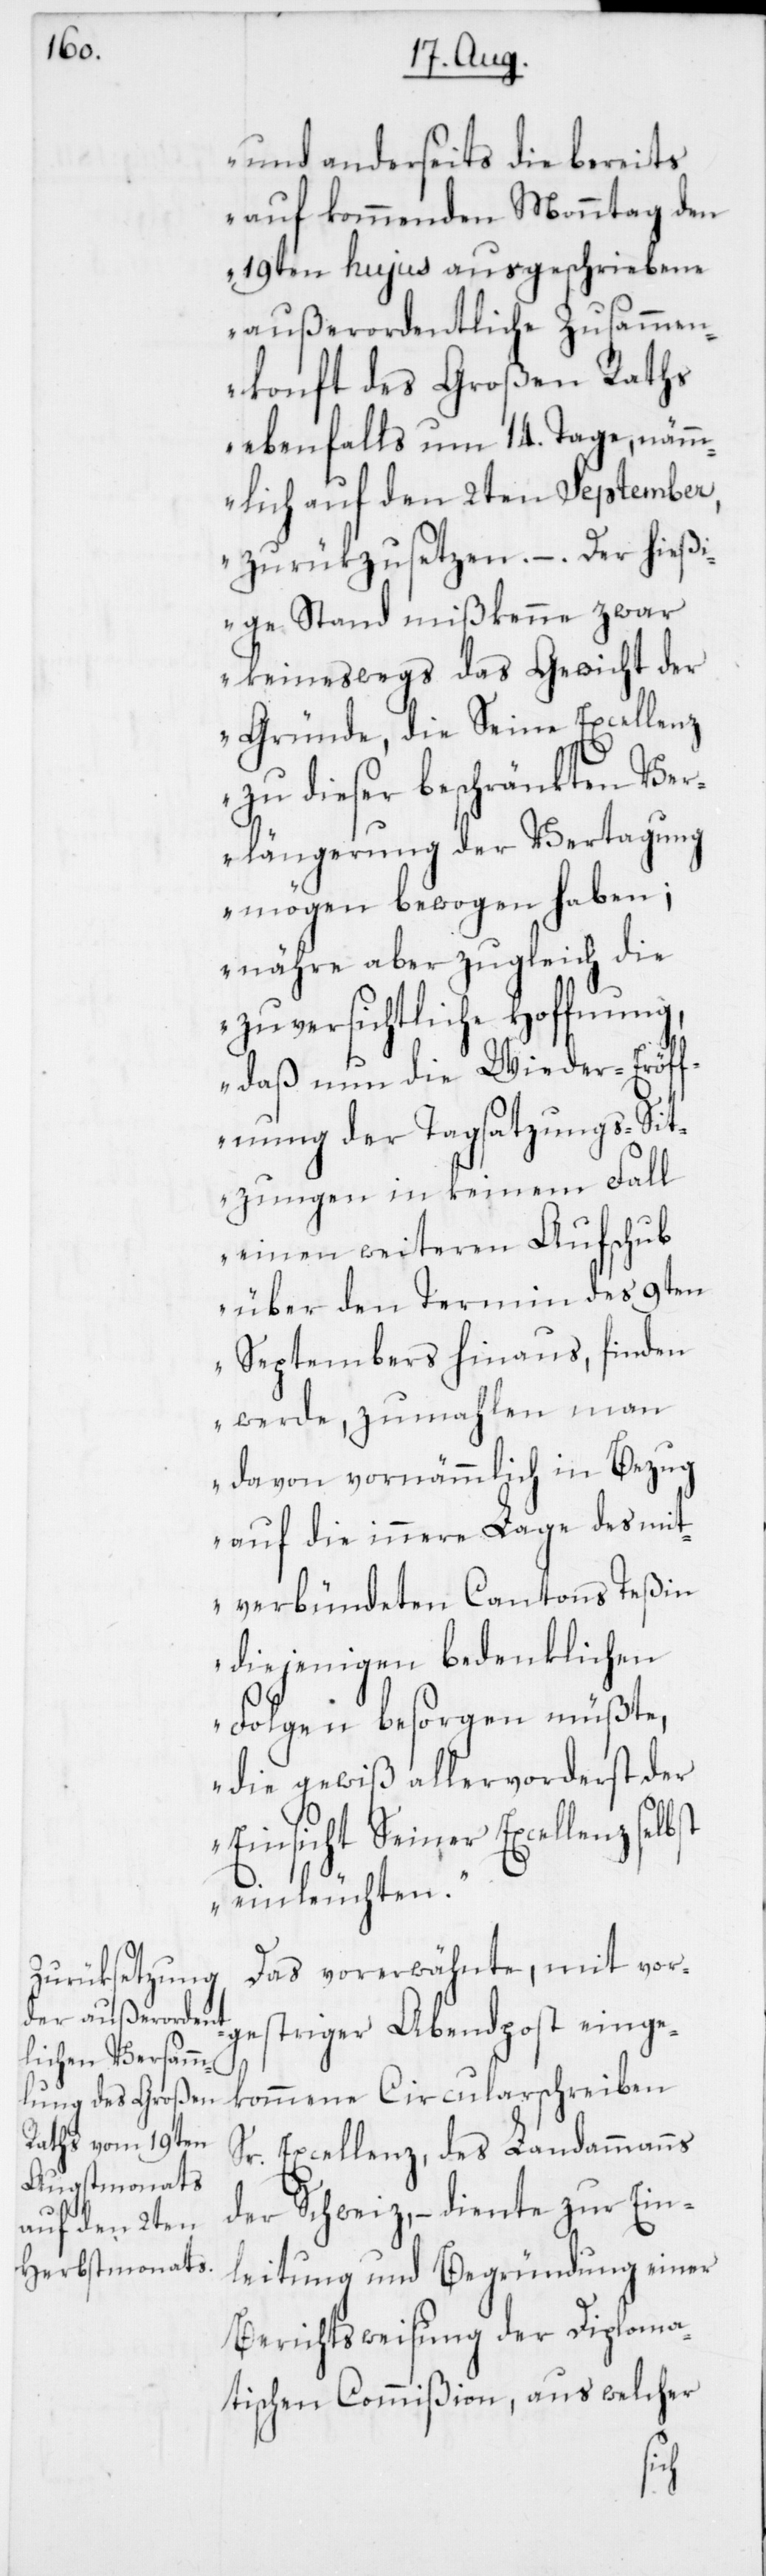
und anderseits die bereits
auf kommenden Monntag den
19ten hujus ausgeschriebene
außerordentliche Zusammen¬
konft des Großen Raths
ebenfalls um 14. Tage, nämm¬
lich auf den 2ten September,
zurükzusetzen. – . Der hieß¬
ige Stand mißkenne zwar
keineswegs das Gewicht der
Gründe, die Seine Excellenz
zu dieser beschränkten Ver¬
längerung der Vertagung
mögen bewogen haben;
nähre aber zugleich die
zuversichtliche Hoffnung,
daß nun die Wieder-Eröff¬
nung der Tagsatzungs-Sit¬
zungen in keinem Fall
einen weiteren Aufschub
über den Termin des 9ten
Septembers hinaus, finden
werde, zumahlen man
davon vornämmlich in Bezug
auf die innere Lage des mit¬
verbündeten Cantons Teßin
diejenigen bedenklichen
Folgen besorgen müßte,
die gewiß allervorderst der
Einsicht Seiner Excellenz selbst
einleuchten.“
Das vorerwähnte, mit vor¬
gestriger Abendpost einge¬
kommene Circularschreiben
Sr. Excellenz des Landammanns
der Schweiz, – diente zur Ein¬
leitung und Begründung einer
Berichtsweisung der Diploma¬
tischen Commißion, aus welcher